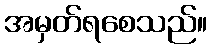
အမှတ်ရစေသည်။